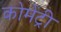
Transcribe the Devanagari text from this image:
कोमेंट्री